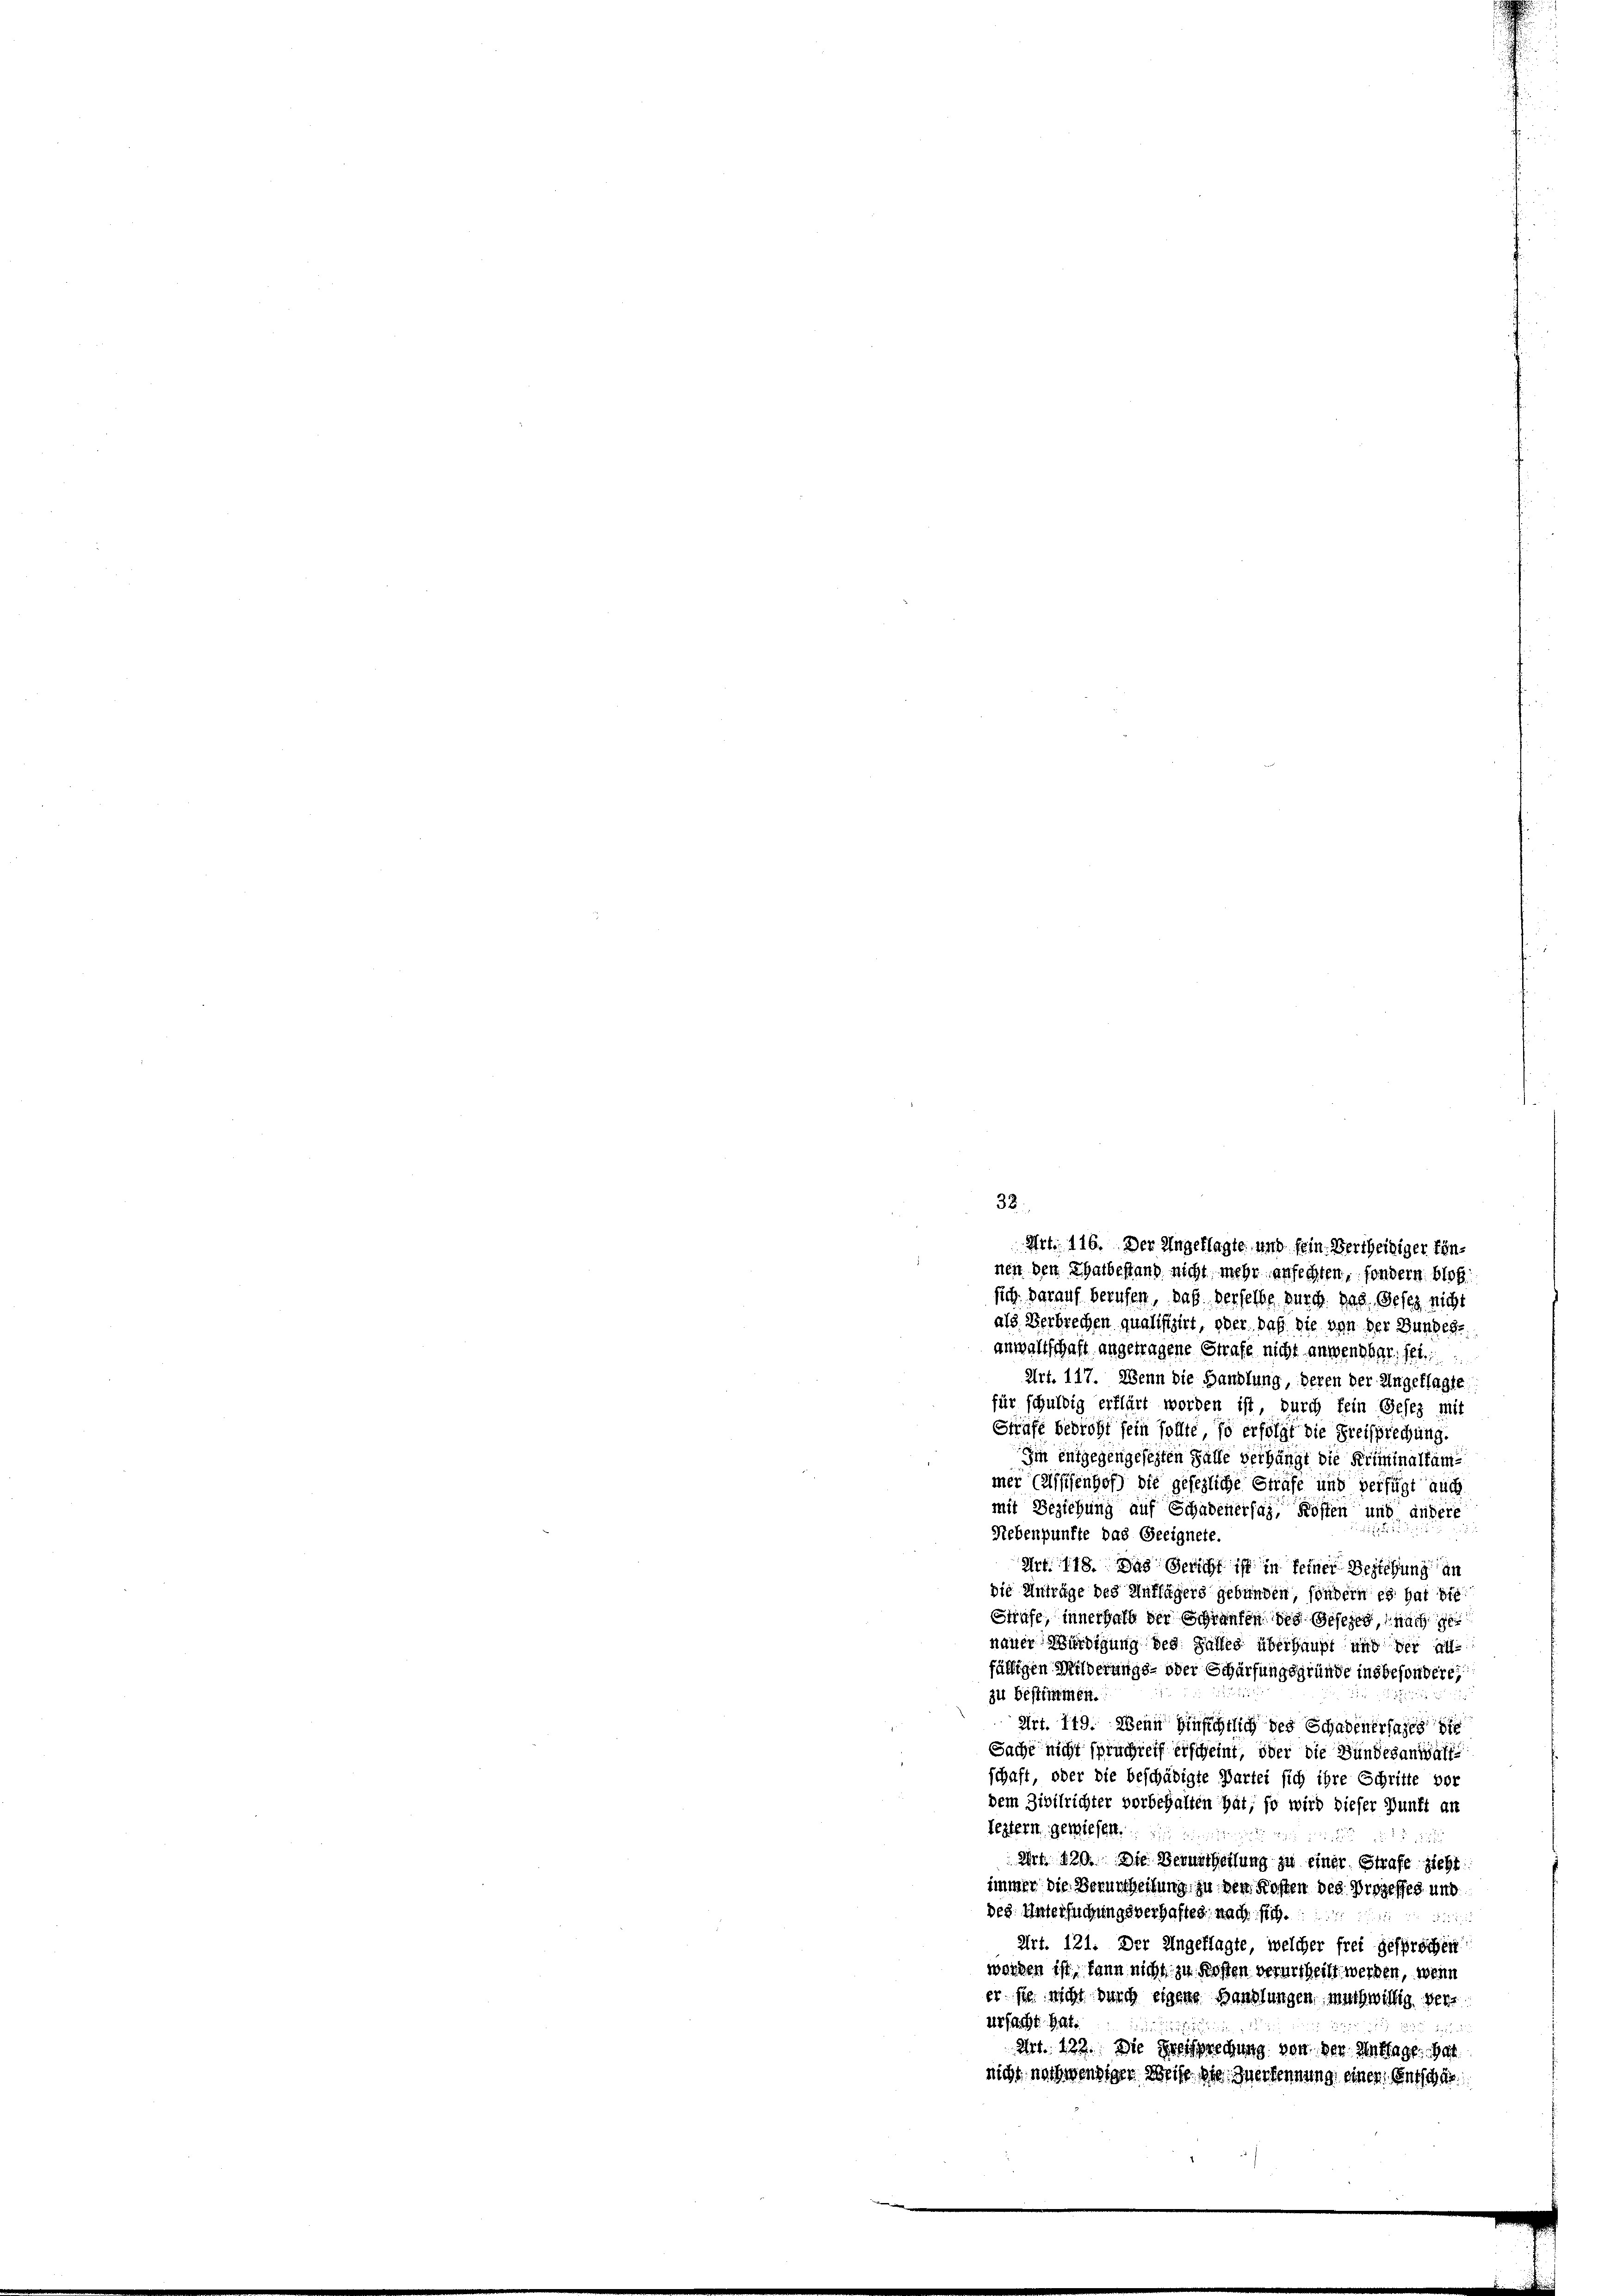
32.
Art. 116. Der Angeklagte, und fein Bertheiliger können den Thatbestand nicht mehr anfechten, sondern bloß

sich darauf berufen, daß derselbe durch das Gesez nicht
als Verbrechen qualifizirt, oder daß die von der Bundes
anwaltschaft angetragene Strafe nicht anwendbar, sel.
Art. 117. Wenn die Handlung, deren der Angeklagte
für schuldig erklärt worden ist, durch fein Gesez mit
Strafe bedroht sein sollte so erfolgt die Freisprechung.
Im entgegengesezten Falle verhängt die Kriminalfam-
mer Cassesenhof) die gesezliche Sträfe und verfügt auch
mit Beziehung auf Schadenersaz, Kosten und andere
Nebenpunkte das Geeignete
Art. 118. Das Gericht ist in seiner Beziehung an
die Anträge des Anflägers gebunden, sondern es hat bie
Strafe, innerhalb der Schraufen des Gesezen, nach ge
nauer Würdigung des Falles überhaupt und der au
fälligen Milderungs- oder Schürfungsgründe insbesondere,
zu bestimmen.
Art. 149. Wenn hinsichtlich des Schadenersages die
Sache nicht spruchteif erscheint, oder die Bundesanwaltschaft, oder die beschädigte Partei sich ihre Schritte vor
dem Zivilrichter vorbehalten hat, so wird dieser Dunft an
leztern gewiesen.

Art. 120. Die Verurtheilung zu einer Strafe sieht
immer die Verurtheilung zu den Kosten des Prozesses und
des. Untersuchungsverhaftes nach sich
552. 5
Art. 121. Der Angeklagte, welcher frei gesprochen
worden ist, kann nicht zu Kosten verurtheilt werden, wenn
er sie nicht durch eigene Handlungen, muthwillig herr
Urfacht. Hat

255
Art. 122. Die Breisprechung von der Antrage hat
nicht noch wendiger Weite. Die Inerkennung einen Entschär